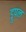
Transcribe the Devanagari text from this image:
ड्रुपल